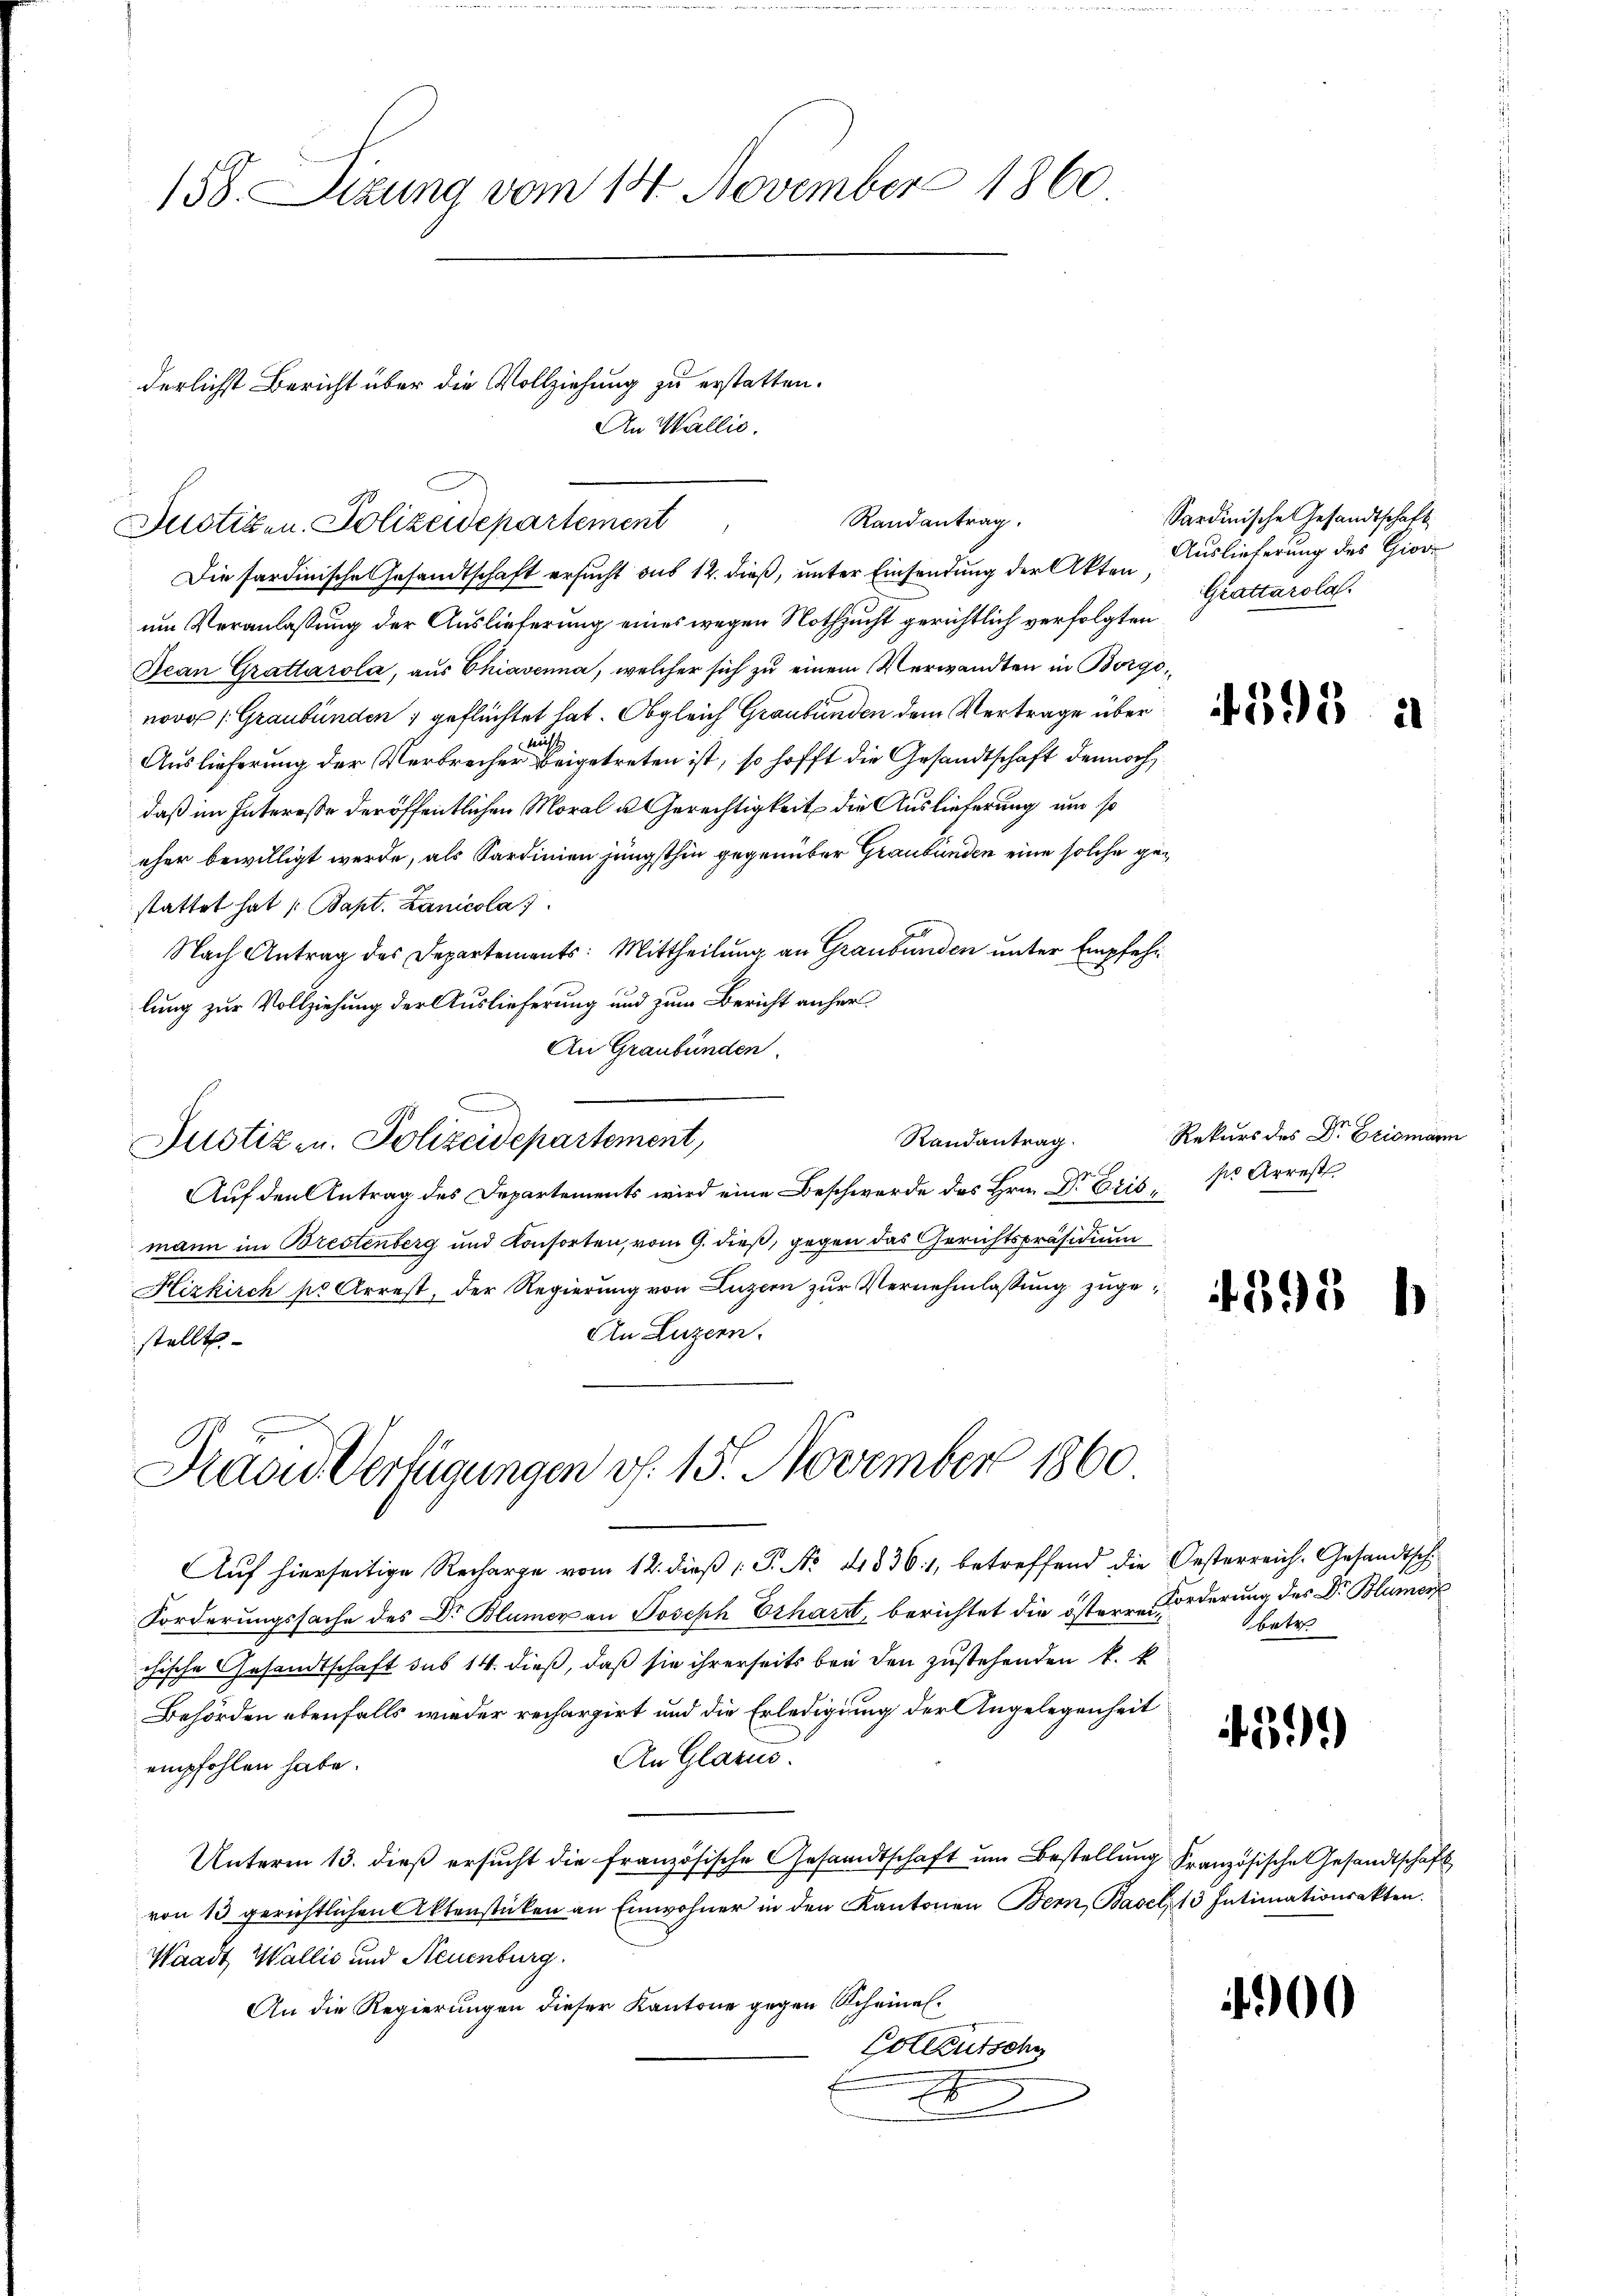
158. Sizung vom 14. November 1860

derlichst Bericht über die Vollziehung zu erstatten.
An Wallis.
Randantrag.
Justizen. Polizeidepartement

Die sardinische Gesandtschaft ersucht aus 12. dieß, unter Einsendung der Akten
um Veranlaßung der Auslieferung eines wegen Nothzucht gerichtlich verfolgten
Jean Grattarola, aus Chiavenna, welcher sich zu einem Verwandten in Borgo,
nover /: Graubünden ; geflüchtet hat. Obgleich Graubünden dem Vertrage über
Auslieferung der Verbrecher beigetreten ist, so hofft die Gesandtschaft dennoch
daß im Interesse der öffentlichen Moral u Gerechtigkeit die Auslieferung um so
eher bewilligt werde, als Sardinien jüngsthin gegenüber Graubünden eine solche gestattet hat /: Bapt. Lanicola
Nach Antrag des Departements: Mittheilung an Graubünden unter Empfehlung zur Vollziehung der Auslieferung und zum Bericht anher
An Graubünden.
Randantrag.
Justiz- u. Polizeidepartement,
Auf den Antrag des Departements wird eine Beschwerde des Hrn. Dr. Eris, Arrest
mann im Brestenberg und Konsorten, vom 9. dieß, gegen das Gerichtspräsidium
Hizkirch pr Arrest, der Regierung von Luzern zur Vernehmlassung zuge¬
An Luzern.
stellt

Prädie Verfügungen v. 15. November 1860

Auf hierseitige Recharge vom 12. dieß (: P. No 41536:1, betreffend die Oesterreich-Gesandtsch
Forderungssache des Dr Blumer an Joseph Erhard, berichtet die östere Forderung des Dr. Blumer
chische Gesandtschaft des 14. dieß, daß sie ihrerseits bei den zustehenden k. k
Behörden ebenfalls wieder rechargirt und die Erledigung der Angelegenheit
An Glarus.
empfohlen habe.
Unterm 13. dieß ersucht die französische Gesandtschaft um Bestellung Französische Gesandtschaft
von 13 gerichtlichen Aktenstücken an Einwohner in den Kantonen Bern, Basel, 13 Intimationsakten.
Waadt, Wallis und Neuenburg.
An die Regierungen dieser Kantone gegen Scheines¬
Collentsche
x

Sardinische Gesandtschaft
Auslieferung des Gior
Grattarola.

395 à

Rekurs des Dr Erismann

4398 b

betr

59.)

4900